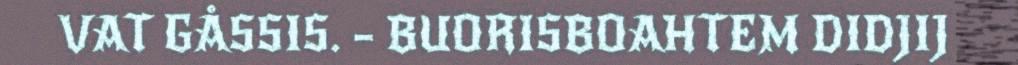
VAT GÅSSIS. – BUORISBOAHTEM DIDJIJ